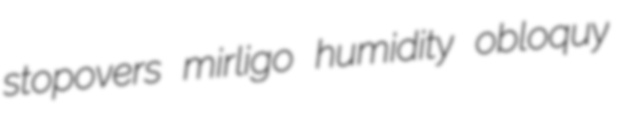
stopovers mirligo humidity obloquy